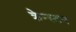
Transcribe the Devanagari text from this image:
क्रेन्स्टन